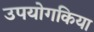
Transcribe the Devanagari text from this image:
उपयोगकिया